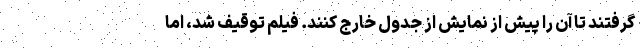
گرفتند تا آن را پیش از نمایش از جدول خارج کنند. فیلم توقیف شد، اما